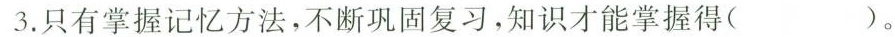
3.只有掌握记忆方法，不断巩固复习，知识才能掌握得()